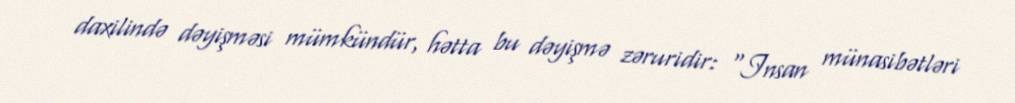
daxilində dəyişməsi mümkündür, hətta bu dəyişmə zəruridir: “Insan münasibətləri